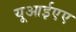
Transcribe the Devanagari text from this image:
यूआईएए